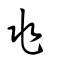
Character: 兆